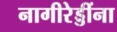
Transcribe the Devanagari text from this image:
नागीरेड्डींना